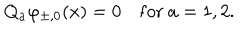
LaTeX: Q _ { a } \varphi _ { \pm , 0 } ( x ) = 0 ~ \mathrm { f o r } ~ a = 1 , 2 .